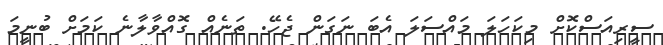
ސީރިއަސްކޮށް މިކަހަލަ މައްސަލަ އެބަ ނަގަން ޖެހޭ. ތަނެއް ގޮއްވާލާނެ ކަމަށް ބުނީމަ